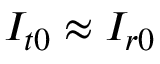
I _ { t 0 } \approx I _ { r 0 }